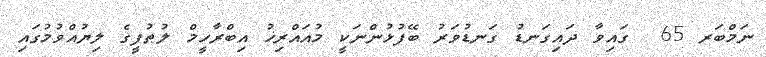
ނަމްބަރ 65  ގައިވާ ދައިގަނޑު ގަނޑުވަރު ބޭފުޅުންނަކީ މުއައްރިޚު އިބްރާހީމް ލުޠުފީގެ ލިޔުއްވުމުގައި